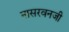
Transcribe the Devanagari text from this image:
नासरवनजी